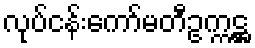
လုပ်ငန်းကော်မတီဥက္ကဋ္ဌ